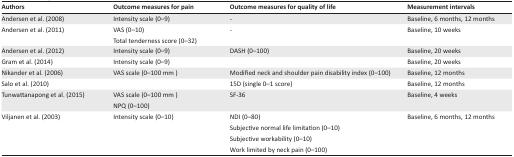
| Authors | Outcome measures for pain | Outcome measures for quality of life | Measurement intervals |
 | --- | --- | --- | --- |
 | Andersen et al. (2008) | Intensity scale (0–9) | - | Baseline, 6 months, 12 months |
 | Andersen et al. (2011) | VAS (0–10)Total tenderness score (0–32) | - | Baseline, 10 weeks |
 | Andersen et al. (2012) | Intensity scale (0–9) | DASH (0–100) | Baseline, 20 weeks |
 | Gram et al. (2014) | Intensity scale (0–9) |  | Baseline, 20 weeks |
 | Nikander et al. (2006) | VAS scale (0–100 mm ) | Modified neck and shoulder pain disability index (0–100) | Baseline, 12 months |
 | Salo et al. (2010) |  | 15D (single 0–1 score) | Baseline, 12 months |
 | Tunwattanapong et al. (2015) | VAS scale (0–100 mm)NPQ (0–100) | SF-36 | Baseline, 4 weeks |
 | <ROWSPAN=4> Viljanen et al. (2003) | <ROWSPAN=4> Intensity scale (0–10) | NDI (0–80) | <ROWSPAN=4> Baseline, 6 months, 12 months |
 | Subjective normal life limitation (0–10) |
 | Subjective workability (0–10) |
 | Work limited by neck pain (0–100) |